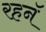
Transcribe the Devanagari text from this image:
रहनॅ